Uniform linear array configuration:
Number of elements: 8
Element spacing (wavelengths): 1
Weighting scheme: cosine
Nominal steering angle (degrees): -45
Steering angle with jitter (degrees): -46.169
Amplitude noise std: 0.05
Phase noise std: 0.05

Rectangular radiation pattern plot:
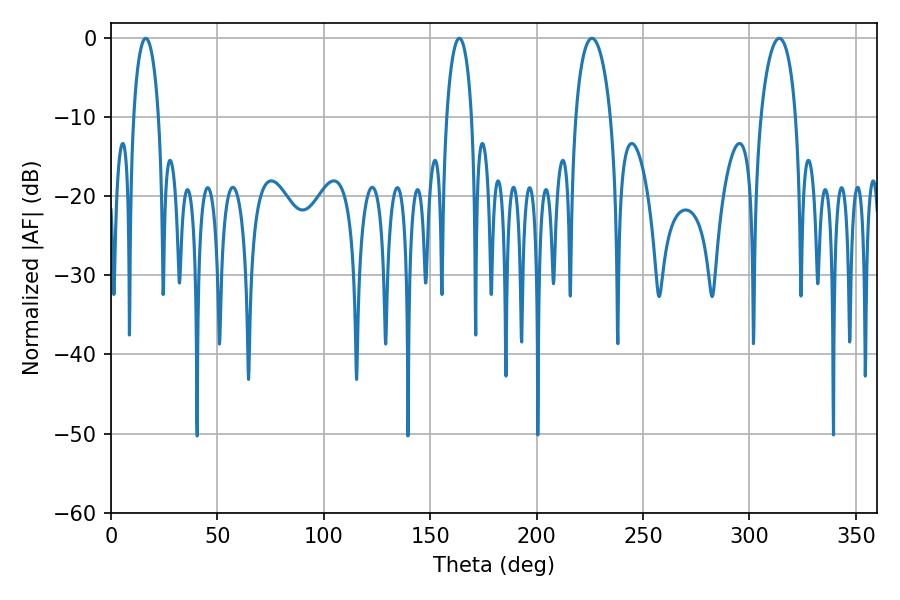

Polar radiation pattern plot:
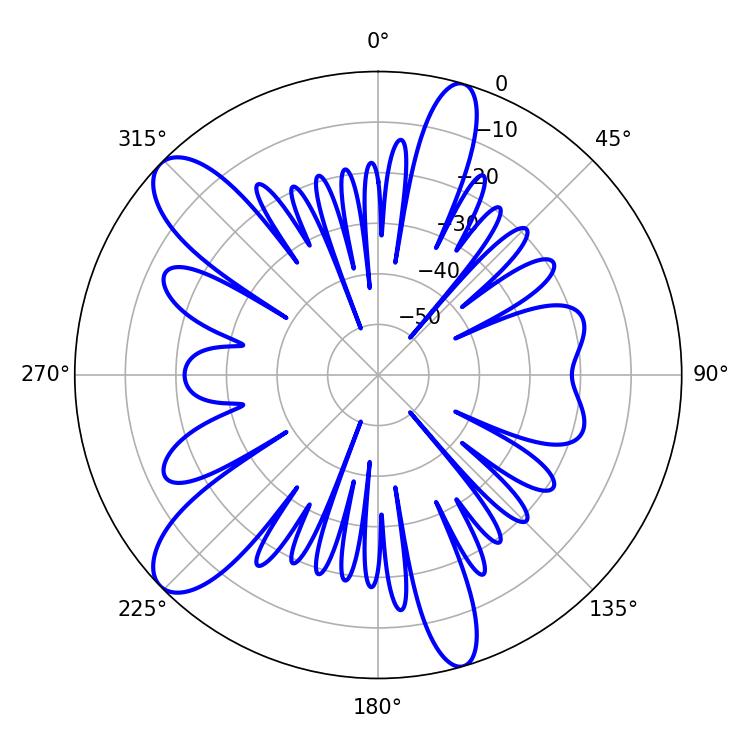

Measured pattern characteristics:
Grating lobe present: TRUE
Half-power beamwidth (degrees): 9.54
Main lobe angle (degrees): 225.9